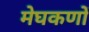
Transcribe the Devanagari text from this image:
मेघकणों